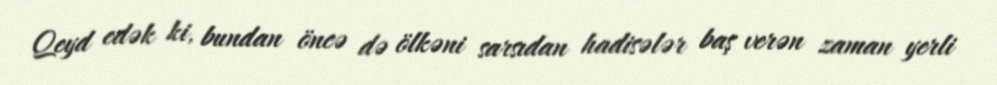
Qeyd edək ki, bundan öncə də ölkəni sarsıdan hadisələr baş verən zaman yerli